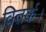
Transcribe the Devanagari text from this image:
वितर्क।